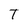
Character: T